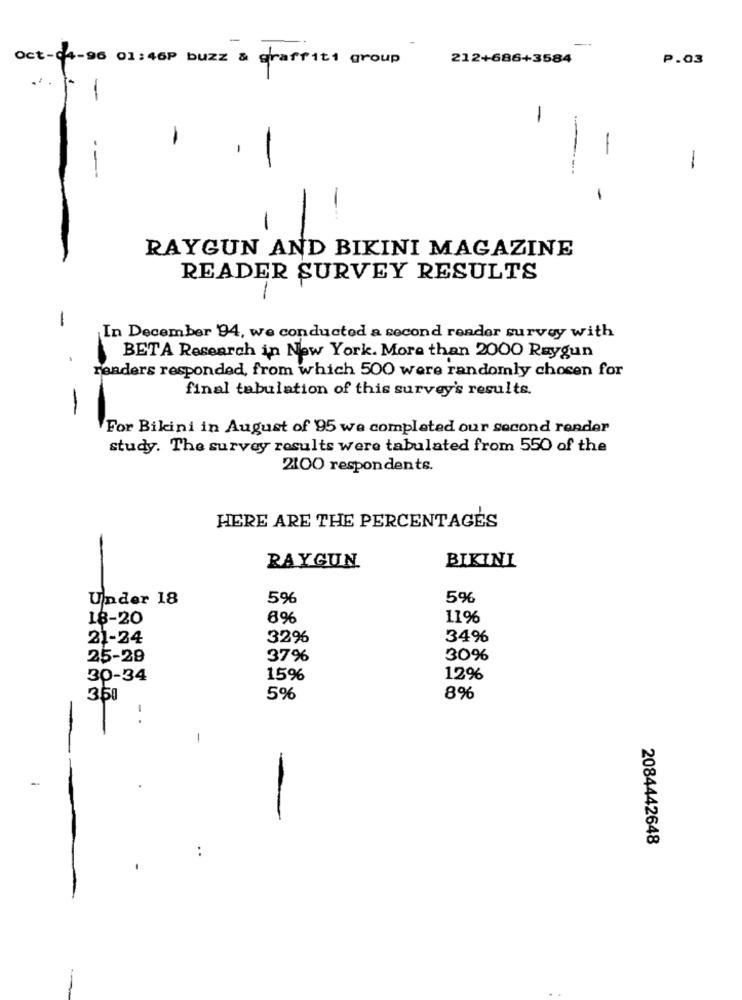
--
Oct-04-96 01:46P buzz & graffiti group
212+686+3584
P.03
-
-
-
-
-
--
-
RAYGUN AND BIKINI MAGAZINE
READER SURVEY RESULTS
1
In December 94, we conducted a second render survey with
BETA Research in New York. More than 2000 Raygun
readers responded, from which 500 were randomly chosen for
final tabulation of this survey's results.
-
For Bikini in August of 95 we completed our second render
study. The survey results were tabulated from 550 of the
2100 respondents.
HERE ARE THE PERCENTAGES
RAYGUN
BIKINI
Under 18
5%
5%
18-20
6%
11%
21-24
32%
34%
25-29
37%
30%
30-34
15%
12%
350
5%
8%
-.
-
-
.
2084442648
..
-